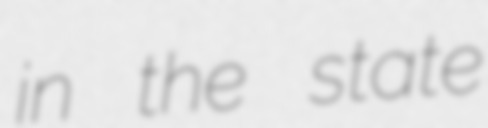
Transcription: in the state